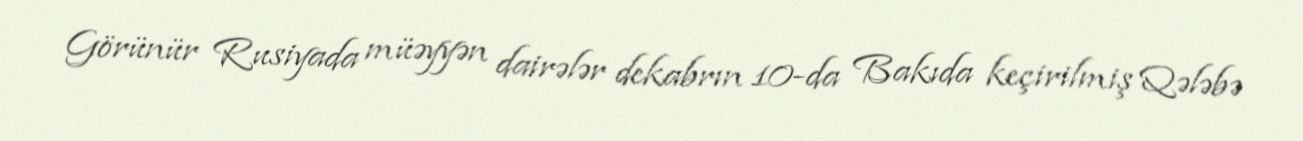
Görünür Rusiyada müəyyən dairələr dekabrın 10-da Bakıda keçirilmiş Qələbə